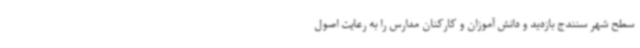
سطح شهر سنندج بازدید و دانش آموزان و کارکنان مدارس را به رعایت اصول